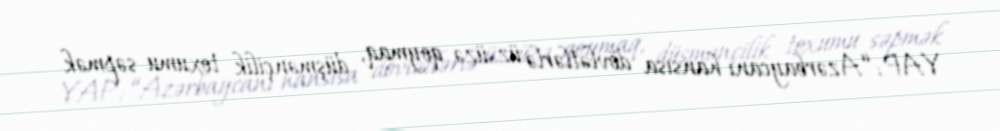
YAP: “Azərbaycanı hansısa dövlətlərlə üz-üzə qoymaq, düşmənçilik toxumu səpmək